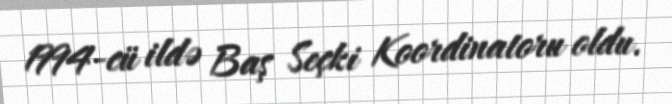
1994-cü ildə Baş Seçki Koordinatoru oldu.